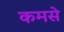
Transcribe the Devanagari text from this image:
कमसे